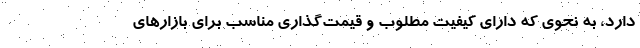
دارد، به نحوی‌ که دارای کیفیت مطلوب و قیمت‌گذاری مناسب برای بازارهای